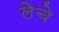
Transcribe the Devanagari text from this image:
लेचे